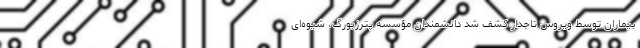
بیماران توسط ویروس تاجدار کشف شد دانشمندان مؤسسه پترزبورگ، شیوه‌ای